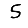
Digit: 5